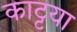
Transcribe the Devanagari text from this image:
काट्टया